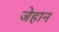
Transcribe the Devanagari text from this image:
जेहान